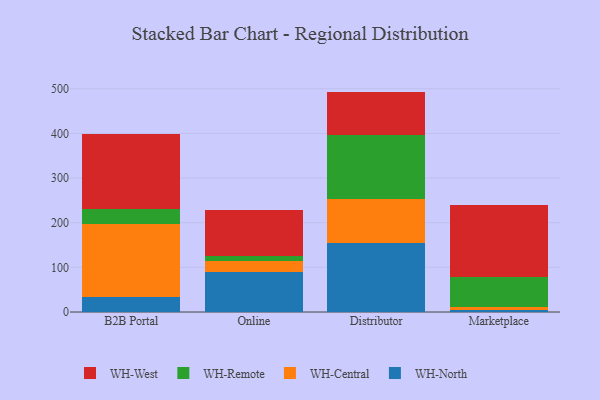
{"axis": {"x": "Channel", "y": "Headcount"}, "legend": ["WH-Central", "WH-North", "WH-Remote", "WH-West"], "data": [{"x": "B2B Portal", "y": 34.3, "type": "WH-North"}, {"x": "B2B Portal", "y": 161.9, "type": "WH-Central"}, {"x": "B2B Portal", "y": 34.3, "type": "WH-Remote"}, {"x": "B2B Portal", "y": 167.5, "type": "WH-West"}, {"x": "Online", "y": 89.5, "type": "WH-North"}, {"x": "Online", "y": 25.0, "type": "WH-Central"}, {"x": "Online", "y": 11.4, "type": "WH-Remote"}, {"x": "Online", "y": 102.5, "type": "WH-West"}, {"x": "Distributor", "y": 155.2, "type": "WH-North"}, {"x": "Distributor", "y": 98.0, "type": "WH-Central"}, {"x": "Distributor", "y": 143.7, "type": "WH-Remote"}, {"x": "Distributor", "y": 96.6, "type": "WH-West"}, {"x": "Marketplace", "y": 5.4, "type": "WH-North"}, {"x": "Marketplace", "y": 5.1, "type": "WH-Central"}, {"x": "Marketplace", "y": 67.0, "type": "WH-Remote"}, {"x": "Marketplace", "y": 162.7, "type": "WH-West"}]}